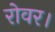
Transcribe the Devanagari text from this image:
रोवर।